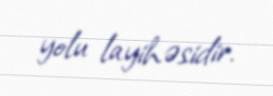
yolu layihəsidir.